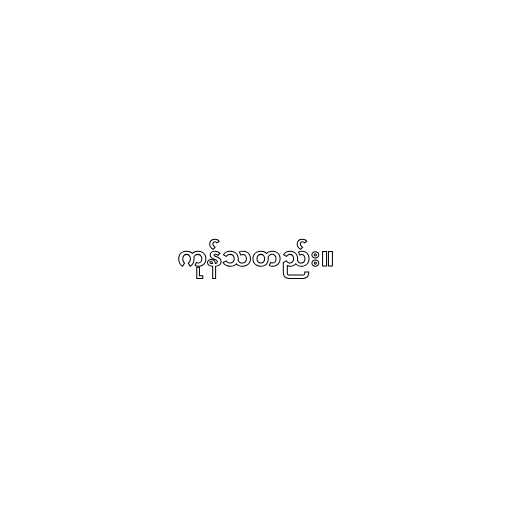
ကုန်သတည်း။